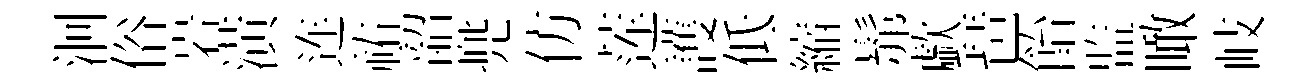
洄俗岩潢连祐韶兠仿莲護低縮髴歔琶飴监瞰岐